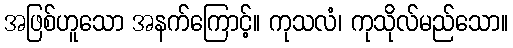
အဖြစ်ဟူသော အနက်ကြောင့်။ ကုသလံ၊ ကုသိုလ်မည်သော။